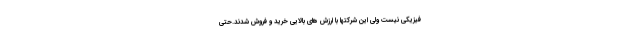
فیزیکی نیست ولی این شرکتها با ارزش های بالایی خرید و فروش شدند.حتی